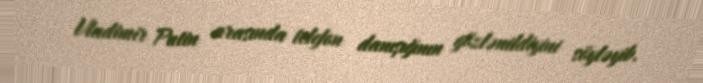
Vladimir Putin arasında telefon danışığının gözlənildiyini söyləyib.